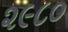
૨૯૮૦